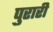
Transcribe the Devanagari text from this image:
पुरारी